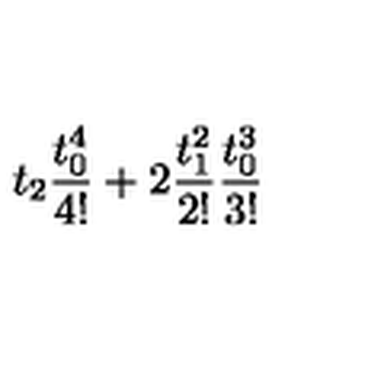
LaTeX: t _ { 2 } \frac { t _ { 0 } ^ { 4 } } { 4 ! } + 2 \frac { t _ { 1 } ^ { 2 } } { 2 ! } \frac { t _ { 0 } ^ { 3 } } { 3 ! }